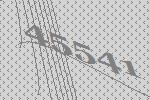
45541